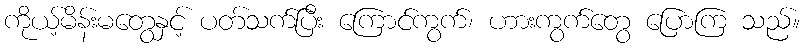
ကိုယ့်မိန်းမတွေနှင့် ပတ်သက်ပြီး ကြောင်ကွက်၊ ဟားကွက်တွေ ပြောကြ သည်။